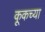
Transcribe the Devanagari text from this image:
कूकच्या